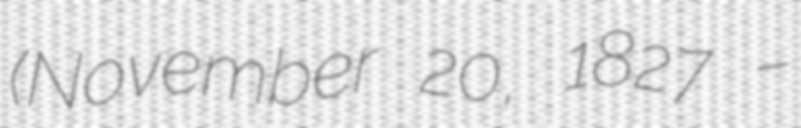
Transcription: (November 20, 1827 –